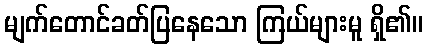
မျက်တောင်ခတ်ပြနေသော ကြယ်များမူ ရှိ၏။